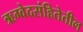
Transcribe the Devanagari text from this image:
ऋग्वेदसंहितेतील